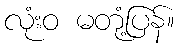
လုံးဝ မတုံ့ပြန်။